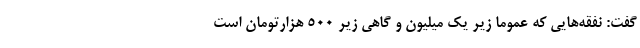
گفت: نفقه‌هایی که عموما زیر یک میلیون و گاهی زیر ۵۰۰ هزارتومان است